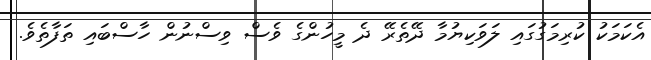
އެކަމަކު ކުރިމަގުގައި ލަވަކިޔުމާ ދޭތެރޭ ދެ މީހުންގެ ވެސް ވިސްނުން ހާސްބައި ތަފާތެވެ.